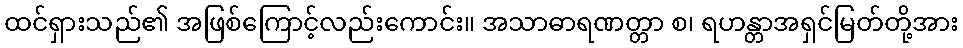
ထင်ရှားသည်၏ အဖြစ်ကြောင့်လည်းကောင်း။ အသာဓာရဏတ္တာ စ၊ ရဟန္တာအရှင်မြတ်တို့အား